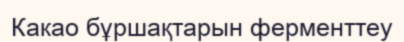
Какао бұршақтарын ферменттеу